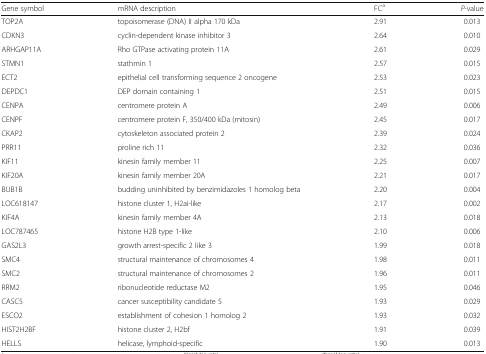
<table><thead><tr><td><b>Gene symbol</b></td><td><b>mRNA description</b></td><td><b>FC<sup>a</sup></b></td><td><b><i>P-</i>value</b></td></tr></thead><tbody><tr><td>TOP2A</td><td>topoisomerase (DNA) II alpha 170 kDa</td><td>2.91</td><td>0.013</td></tr><tr><td>CDKN3</td><td>cyclin-dependent kinase inhibitor 3</td><td>2.64</td><td>0.010</td></tr><tr><td>ARHGAP11A</td><td>Rho GTPase activating protein 11A</td><td>2.61</td><td>0.029</td></tr><tr><td>STMN1</td><td>stathmin 1</td><td>2.57</td><td>0.015</td></tr><tr><td>ECT2</td><td>epithelial cell transforming sequence 2 oncogene</td><td>2.53</td><td>0.023</td></tr><tr><td>DEPDC1</td><td>DEP domain containing 1</td><td>2.51</td><td>0.015</td></tr><tr><td>CENPA</td><td>centromere protein A</td><td>2.49</td><td>0.006</td></tr><tr><td>CENPF</td><td>centromere protein F, 350/400 kDa (mitosin)</td><td>2.45</td><td>0.017</td></tr><tr><td>CKAP2</td><td>cytoskeleton associated protein 2</td><td>2.39</td><td>0.024</td></tr><tr><td>PRR11</td><td>proline rich 11</td><td>2.32</td><td>0.036</td></tr><tr><td>KIF11</td><td>kinesin family member 11</td><td>2.25</td><td>0.007</td></tr><tr><td>KIF20A</td><td>kinesin family member 20A</td><td>2.21</td><td>0.017</td></tr><tr><td>BUB1B</td><td>budding uninhibited by benzimidazoles 1 homolog beta</td><td>2.20</td><td>0.004</td></tr><tr><td>LOC618147</td><td>histone cluster 1, H2ai-like</td><td>2.17</td><td>0.002</td></tr><tr><td>KIF4A</td><td>kinesin family member 4A</td><td>2.13</td><td>0.018</td></tr><tr><td>LOC787465</td><td>histone H2B type 1-like</td><td>2.10</td><td>0.006</td></tr><tr><td>GAS2L3</td><td>growth arrest-specific 2 like 3</td><td>1.99</td><td>0.018</td></tr><tr><td>SMC4</td><td>structural maintenance of chromosomes 4</td><td>1.98</td><td>0.011</td></tr><tr><td>SMC2</td><td>structural maintenance of chromosomes 2</td><td>1.96</td><td>0.011</td></tr><tr><td>RRM2</td><td>ribonucleotide reductase M2</td><td>1.95</td><td>0.046</td></tr><tr><td>CASC5</td><td>cancer susceptibility candidate 5</td><td>1.93</td><td>0.029</td></tr><tr><td>ESCO2</td><td>establishment of cohesion 1 homolog 2</td><td>1.93</td><td>0.032</td></tr><tr><td>HIST2H2BF</td><td>histone cluster 2, H2bf</td><td>1.91</td><td>0.039</td></tr><tr><td>HELLS</td><td>helicase, lymphoid-specific</td><td>1.90</td><td>0.013</td></tr></tbody></table>